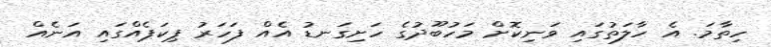
ހިތާމަ. އެ ހާލަތުގައި ވަނިކޮށް މަހުބޫދުގެ ހަށިގަނޑު އެއް ފަހަރު ޕިކަޕެއްގައި އަނެއް